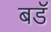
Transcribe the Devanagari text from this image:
बडॅ